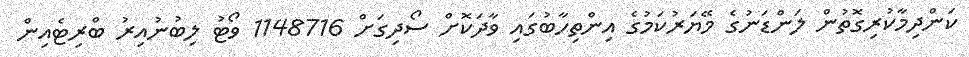
ކަންދިމާކުރިގޮތުން ލަންޑަނުގެ މޭޔަރުކަމުގެ އިންތިހާބުގައި ވާދަކޮށް ސޯދިގަށް 1148716 ވޯޓު ލިބުނުއިރު ބްރިޓެއިން